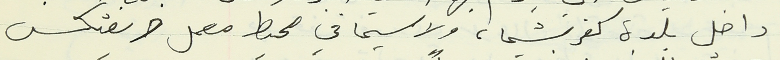
داخل بلدة كفرشيما، ولا سيما في محط معمل حريفتكس